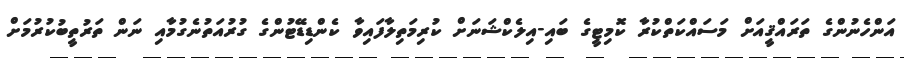
އަންހެނުންގެ ތަރައްޤީއަށް މަސައްކަތްކުރާ ކޮމިޓީގެ ބައި-އިލެކްޝަނަށް ކުރިމަތިލާފައިވާ ކެންޑިޑޭޓުންގެ ގުރުއަތުނެގުމާއި ނަން ތަރުތީބުކުރުމަށް